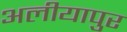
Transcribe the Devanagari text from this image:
अलीयापुर